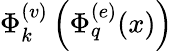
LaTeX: \Phi_{k}^{(v)}\left(\Phi_{q}^{(e)}(x)\right)